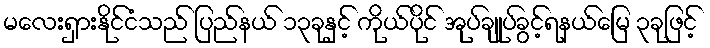
မလေးရှားနိုင်ငံသည် ပြည်နယ် ၁၃ခုနှင့် ကိုယ်ပိုင် အုပ်ချုပ်ခွင့်ရနယ်မြေ ၃ခုဖြင့်